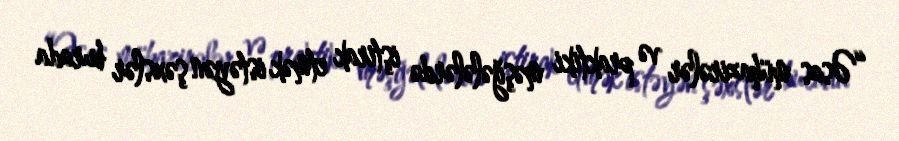
“Əsas mühazirələr və praktiki məşğələlərdə iştirak etmək istəyən şəxslər burada